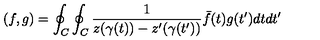
\left( f , g \right) = \oint _ { C } \oint _ { C } \frac { 1 } { z ( \gamma ( t ) ) - z ^ { \prime } ( \gamma ( t ^ { \prime } ) ) } \bar { f } ( t ) g ( t ^ { \prime } ) d t d t ^ { \prime }